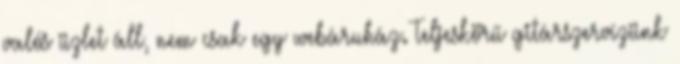
valós üzlet áll, nem csak egy webáruház. Teljeskörű gitárszervízünk